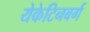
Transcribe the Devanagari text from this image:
येकेटिनबर्ग